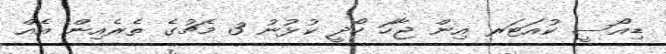
ޑިއޯސީ ކުއަޓަރ އިން ޖާހަ ހޯދީ ކުޅުނު 3 މެޗުގެ ތެރެއިން އެއް